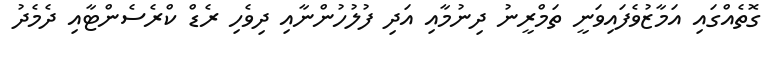
ގޮތެއްގައި އަމާޒުވެފައިވަނީ ތަމްރީނު ދިނުމާއި އަދި ފުލުހުންނާއި ދިވެހި ރެޑް ކްރެސެންޓާއި ދެމެދު